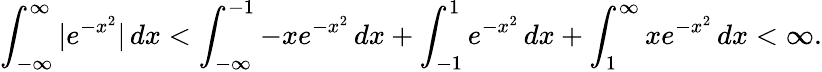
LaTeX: \int_{-\infty}^{\infty}|e^{-x^{2}}|\, dx<\int_{-\infty}^{-1}-xe^{-x^{2}}\, dx+\int_{-1}^{1}e^{-x^{2}}\, dx+\int_{1}^{\infty}xe^{-x^{2}}\, dx<\infty.